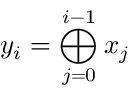
y _ { i } = \bigoplus _ { j = 0 } ^ { i - 1 } x _ { j }